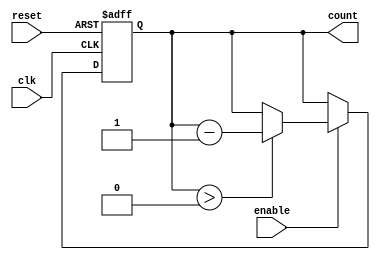
module down_counter (
    input wire clk,         // Clock signal
    input wire reset,       // Asynchronous reset
    input wire enable,      // Enable signal
    output reg [N-1:0] count // Counter output
);
    parameter N = 3; // Define number of bits, can be changed as needed
    localparam MAX_COUNT = (1 << N) - 1; // Maximum count value (e.g., for N=3, MAX_COUNT = 7)

    // State Transition
    always @(posedge clk or posedge reset) begin
        if (reset) begin
            count <= MAX_COUNT; // On reset, load the maximum count value
        end else if (enable) begin
            if (count > 0) begin
                count <= count - 1; // Decrement the count
            end
        end
        // If count equals 0 and enable is asserted, count remains at 0 until reset or enable changes
    end
endmodule